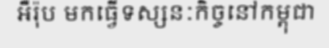
អឺរ៉ុប មកធ្វើទស្សនៈកិច្ចនៅកម្ពុជា